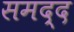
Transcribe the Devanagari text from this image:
समद्द